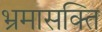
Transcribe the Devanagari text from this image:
भ्रमासक्‍ति